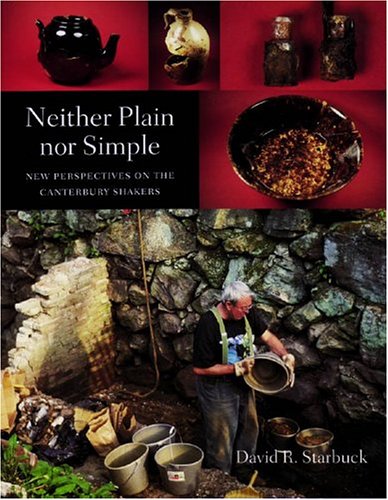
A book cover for Neither Plain nor Simple: New Perspectives on the Canterbury Shakers; David R. Starbuck; Christian Books & Bibles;